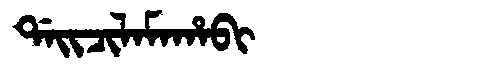
Manchu: ᡩᠠᡳᠴᡳᠯᠠᠮᠠᡥᠠᠪᡳ
Romanization: DAICILAMAHABI